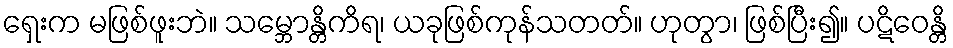
ရှေးက မဖြစ်ဖူးဘဲ။ သမ္ဘောန္တိကိရ၊ ယခုဖြစ်ကုန်သတတ်။ ဟုတွာ၊ ဖြစ်ပြီး၍။ ပဋိဝေန္တိ